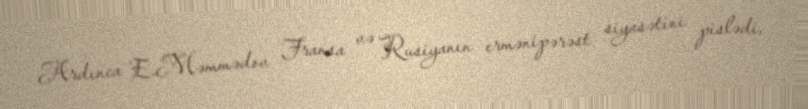
Ardınca E.Məmmədov Fransa və Rusiyanın ermənipərəst siyasətini pislədi,